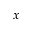
x